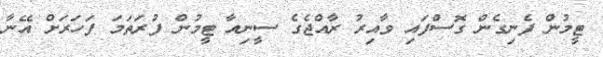
ޓީމުން ފެނިގެން ގޮސްފައި ވާއިރު ރާއްޖެގެ ސީނިއާ ޓީމުން ފުރަތަމަ ފަހަރަށް އޭނާ